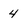
Character: 4